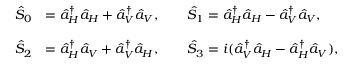
\begin{array} { r l } { \hat { S } _ { 0 } } & { = \hat { a } _ { H } ^ { \dagger } \hat { a } _ { H } + \hat { a } _ { V } ^ { \dagger } \hat { a } _ { V } , \qquad \hat { S } _ { 1 } = \hat { a } _ { H } ^ { \dagger } \hat { a } _ { H } - \hat { a } _ { V } ^ { \dagger } \hat { a } _ { V } , } \\ & { } \\ { \hat { S } _ { 2 } } & { = \hat { a } _ { H } ^ { \dagger } \hat { a } _ { V } + \hat { a } _ { V } ^ { \dagger } \hat { a } _ { H } , \qquad \hat { S } _ { 3 } = i ( \hat { a } _ { V } ^ { \dagger } \hat { a } _ { H } - \hat { a } _ { H } ^ { \dagger } \hat { a } _ { V } ) , } \end{array}